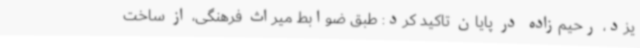
یزد، رحیم‌زاده در پایان تاکید کرد: طبق ضوابط میراث فرهنگی، از ساخت